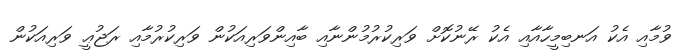
ވުމާއި އެކު އަނބިމީހާއާއި އެކު ރޭނުކޮށް ވަރިކުރުމުންނާއި ބާއިންވަރިއަކުން ވަރިކުރުމާއި ރަޖުޢީ ވަރިއަކުން